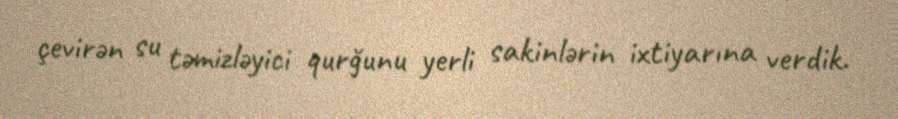
çevirən su təmizləyici qurğunu yerli sakinlərin ixtiyarına verdik.